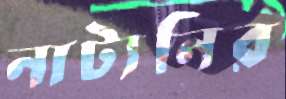
নাট্যনির